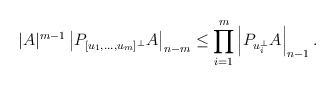
\begin{align*}|A|^{m-1}\left|P_{[u_1,\dots,u_m]^\bot}A\right|_{n-m}\le\prod_{i=1}^m\left|P_{u_i^\bot}A\right|_{n-1}.\end{align*}